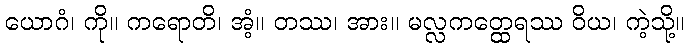
ယောဂံ၊ ကို။ ကရောတိ၊ အံ့။ တဿ၊ အား။ မလ္လကတ္ထေရဿ ဝိယ၊ ကဲ့သို့။